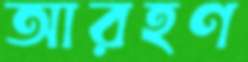
আরহণ